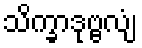
သိက္ခာဒုဗ္ဗလျံ